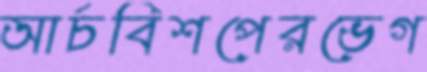
আর্চবিশপেরভেগ